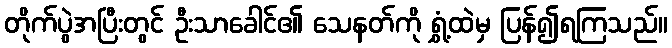
တိုက်ပွဲအပြီးတွင် ဦးသာခေါင်၏ သေနတ်ကို ရွှံ့ထဲမှ ပြန်၍ရကြသည်။